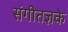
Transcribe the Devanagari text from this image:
संगीतज्ञके